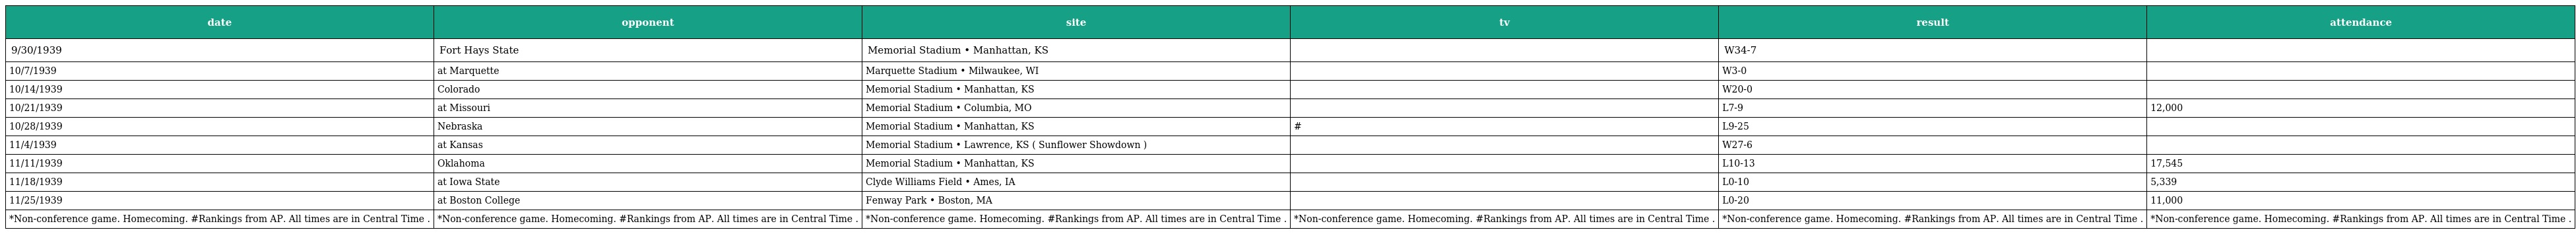
| date | opponent | site | tv | result | attendance |
 | --- | --- | --- | --- | --- | --- |
 | 9/30/1939 | Fort Hays State | Memorial Stadium • Manhattan, KS |  | W34-7 |  |
 | 10/7/1939 | at Marquette | Marquette Stadium • Milwaukee, WI |  | W3-0 |  |
 | 10/14/1939 | Colorado | Memorial Stadium • Manhattan, KS |  | W20-0 |  |
 | 10/21/1939 | at Missouri | Memorial Stadium • Columbia, MO |  | L7-9 | 12,000 |
 | 10/28/1939 | Nebraska | Memorial Stadium • Manhattan, KS | # | L9-25 |  |
 | 11/4/1939 | at Kansas | Memorial Stadium • Lawrence, KS ( Sunflower Showdown ) |  | W27-6 |  |
 | 11/11/1939 | Oklahoma | Memorial Stadium • Manhattan, KS |  | L10-13 | 17,545 |
 | 11/18/1939 | at Iowa State | Clyde Williams Field • Ames, IA |  | L0-10 | 5,339 |
 | 11/25/1939 | at Boston College | Fenway Park • Boston, MA |  | L0-20 | 11,000 |
 | *Non-conference game. Homecoming. #Rankings from AP. All times are in Central Time . | *Non-conference game. Homecoming. #Rankings from AP. All times are in Central Time . | *Non-conference game. Homecoming. #Rankings from AP. All times are in Central Time . | *Non-conference game. Homecoming. #Rankings from AP. All times are in Central Time . | *Non-conference game. Homecoming. #Rankings from AP. All times are in Central Time . | *Non-conference game. Homecoming. #Rankings from AP. All times are in Central Time . |